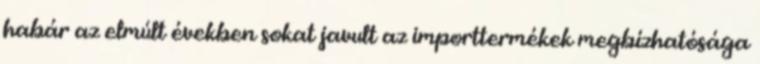
habár az elmúlt években sokat javult az importtermékek megbízhatósága